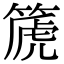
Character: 篪